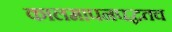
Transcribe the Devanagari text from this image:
कालमापनपद्धतच